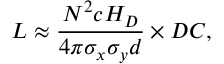
L \approx \frac { N ^ { 2 } c H _ { D } } { 4 \pi \sigma _ { x } \sigma _ { y } d } \times D C ,